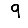
Digit: 9